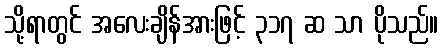
သို့ရာတွင် အလေးချိန်အားဖြင့် ၃၁၇ ဆ သာ ပိုသည်။